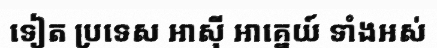
ទៀត ប្រទេស អាស៊ី អាគ្នេយ៍ ទាំងអស់